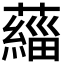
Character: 𫊄